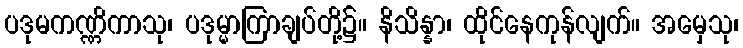
ပဒုမကဏ္ဏိကာသု၊ ပဒုမ္မာကြာချပ်တို့၌။ နိသိန္နာ၊ ထိုင်နေကုန်လျက်။ အမှေသု၊